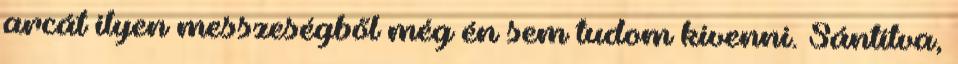
arcát ilyen messzeségből még én sem tudom kivenni. Sántítva,